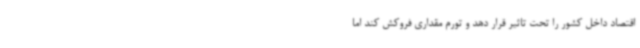
اقتصاد داخل کشور را تحت تاثیر قرار دهد و تورم مقداری فروکش کند اما